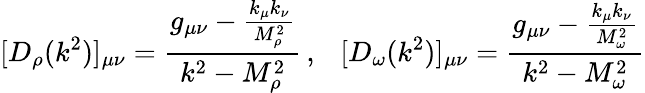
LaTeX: [D_{\rho}(k^{2})]_{\mu\nu}=\frac{g_{\mu\nu}-\frac{k_{\mu}k_{\nu}}{M_{\rho}^{2}}}{k^{2}-M_{\rho}^{2}}\, ,~~~[D_{\omega}(k^{2})]_{\mu\nu}=\frac{g_{\mu\nu}-\frac{k_{\mu}k_{\nu}}{M_{\omega}^{2}}}{k^{2}-M_{\omega}^{2}}